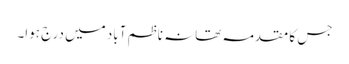
جس کا مقدمہ تھانہ ناظم آباد میں درج ہوا۔